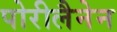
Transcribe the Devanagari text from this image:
पोरीलैनेन